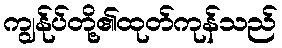
ကျွန်ုပ်တို့၏ထုတ်ကုန်သည်